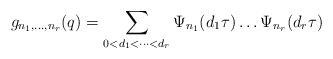
\begin{align*}g_{n_1,\ldots,n_r}(q) = \sum_{0 < d_1 <\dots <d_r} \Psi_{n_1}(d_1\tau) \dots \Psi_{n_r}(d_r\tau)\end{align*}